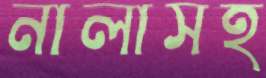
নালাসহ